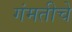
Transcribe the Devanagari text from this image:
गंमतीचे